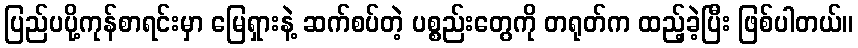
ပြည်ပပို့ကုန်စာရင်းမှာ မြေရှားနဲ့ ဆက်စပ်တဲ့ ပစ္စည်းတွေကို တရုတ်က ထည့်ခဲ့ပြီး ဖြစ်ပါတယ်။